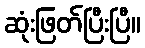
ဆုံးဖြတ်ပြီးပြီ။